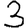
Digit: 3